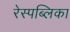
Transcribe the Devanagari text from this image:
रेस्पब्लिका